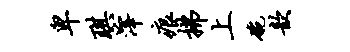
卑琪滓痕拂上碗歆